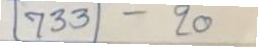
733 - 20